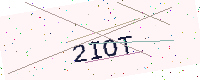
Text: 2IOT